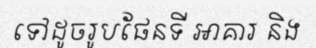
ទៅដូចរូបផែនទី អាគារ និង